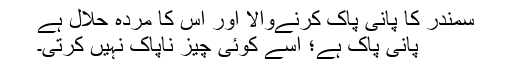
سمندر کا پانی پاک کرنےوالا اور اس کا مردہ حلال ہے
پانی پاک ہے؛ اسے کوئی چیز ناپاک نہیں کرتی۔